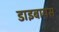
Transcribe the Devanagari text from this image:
डाइबायस